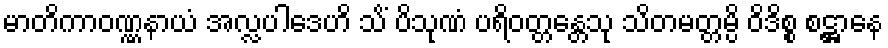
မာတိကာဝဏ္ဏနာယံ အလ္လပါဒေဟိ သိံ ပိသုဏံ ပရိဝတ္တန္တေသု သိတမတ္တမ္ပိ ဝိဒိစ္စ စဋ္ဌာနေ